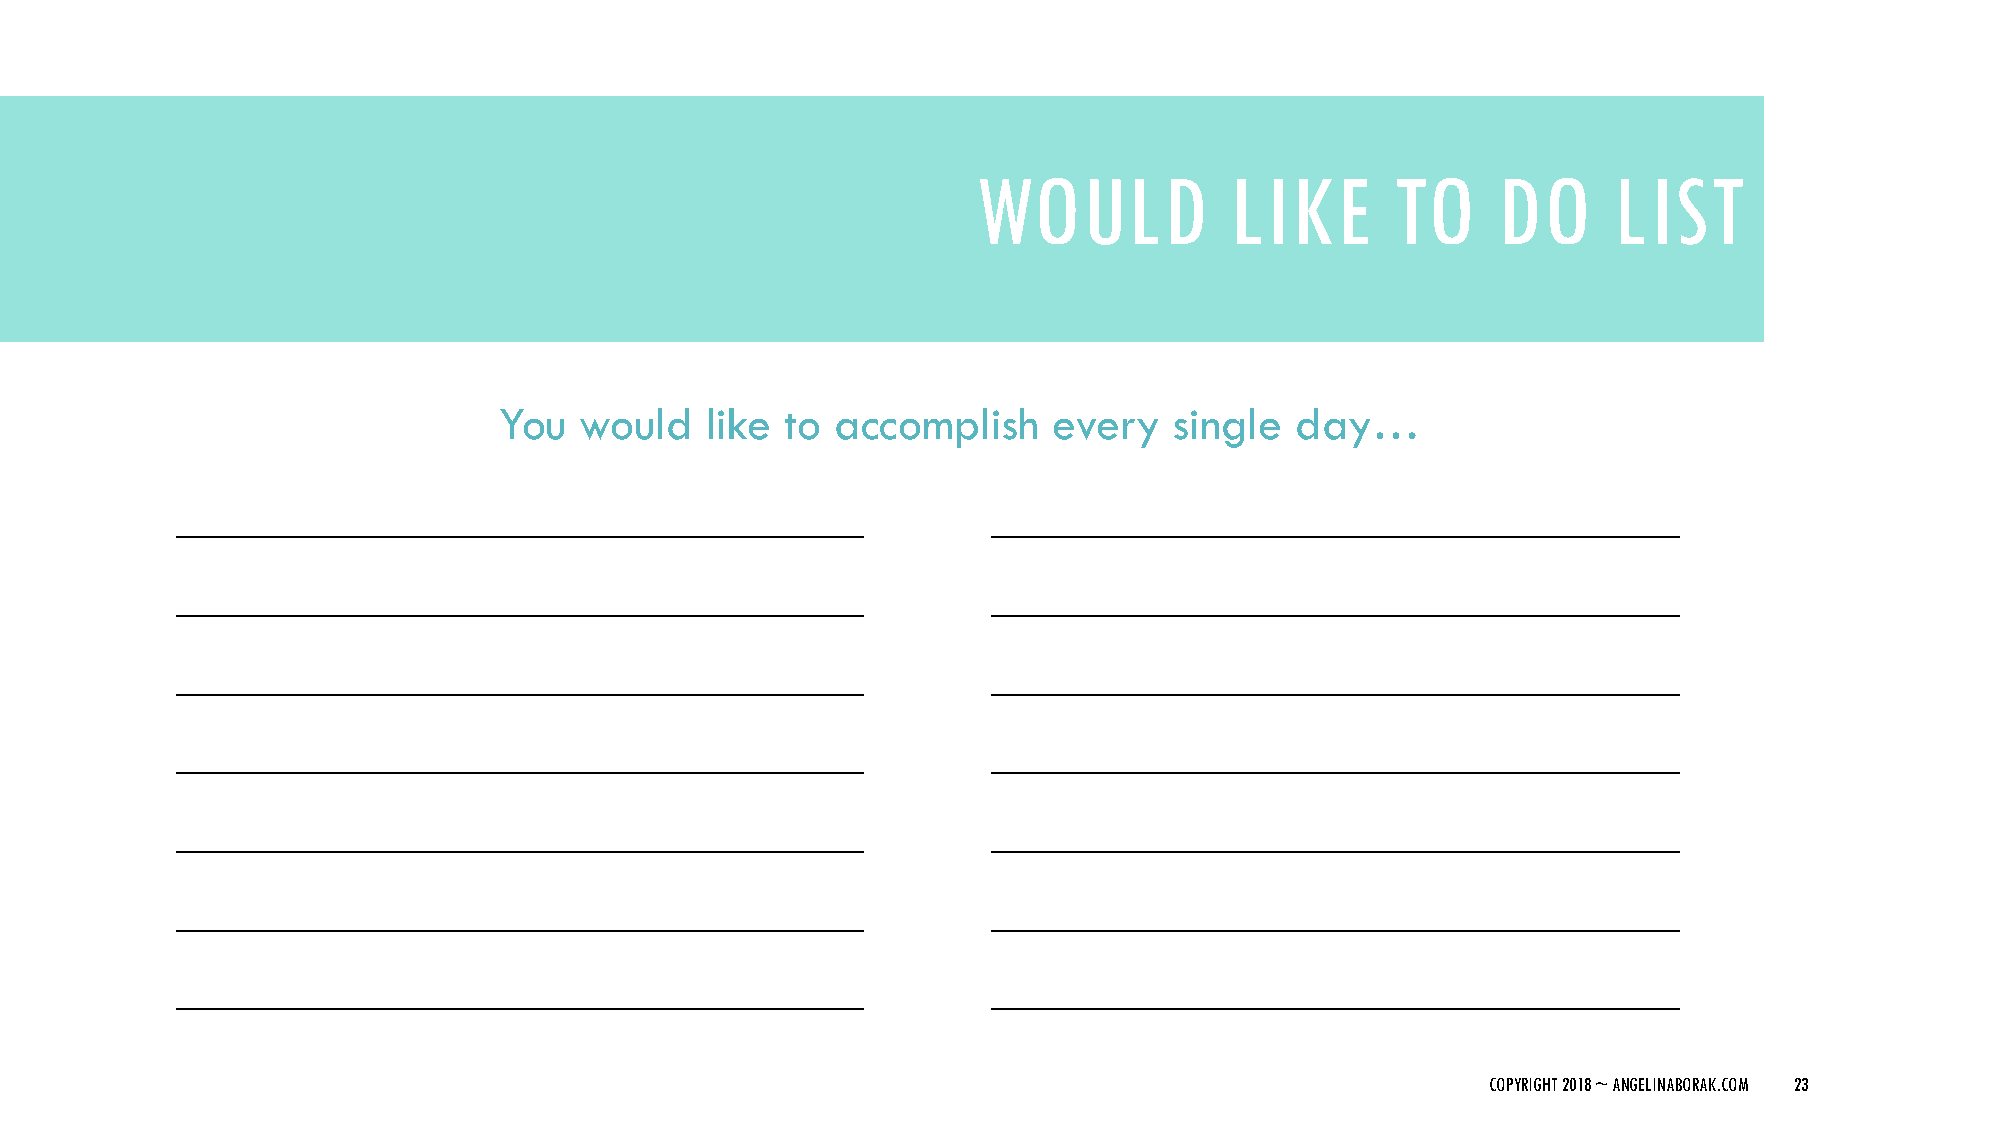
WOULD           LIKE       TO     DO      LIST
 You  would    like to accomplish     every   single  day…
 ______________________________                        ______________________________
 ______________________________                        ______________________________
 ______________________________                        ______________________________
 ______________________________                        ______________________________
 ______________________________                        ______________________________
 ______________________________                        ______________________________
 ______________________________                        ______________________________
 COPYRIGHT 2018 ~ ANGELINABORAK.COM 23